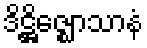
ဒိဋ္ဌိဇ္ဈောသာနံ